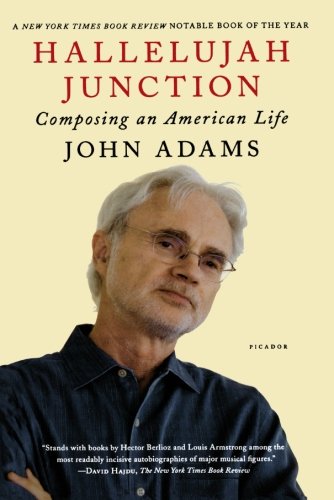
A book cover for Hallelujah Junction: Composing an American Life; John Adams; Biographies & Memoirs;